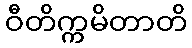
ဝီတိက္ကမိတာတိ